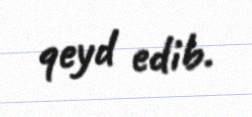
qeyd edib.